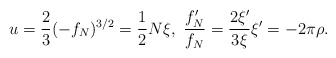
\begin{align*} u=\frac{2}{3}(-f_N)^{3/2}=\frac{1}{2}N\xi,\ \frac{f_N'}{f_N}=\frac{2\xi'}{3\xi} \xi'=-2\pi\rho.\end{align*}